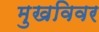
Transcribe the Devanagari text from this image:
मुखविवर